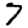
Digit: 7